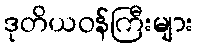
ဒုတိယဝန်ကြီးများ